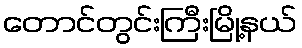
တောင်တွင်းကြီးမြို့နယ်